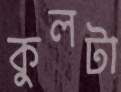
কুলটা